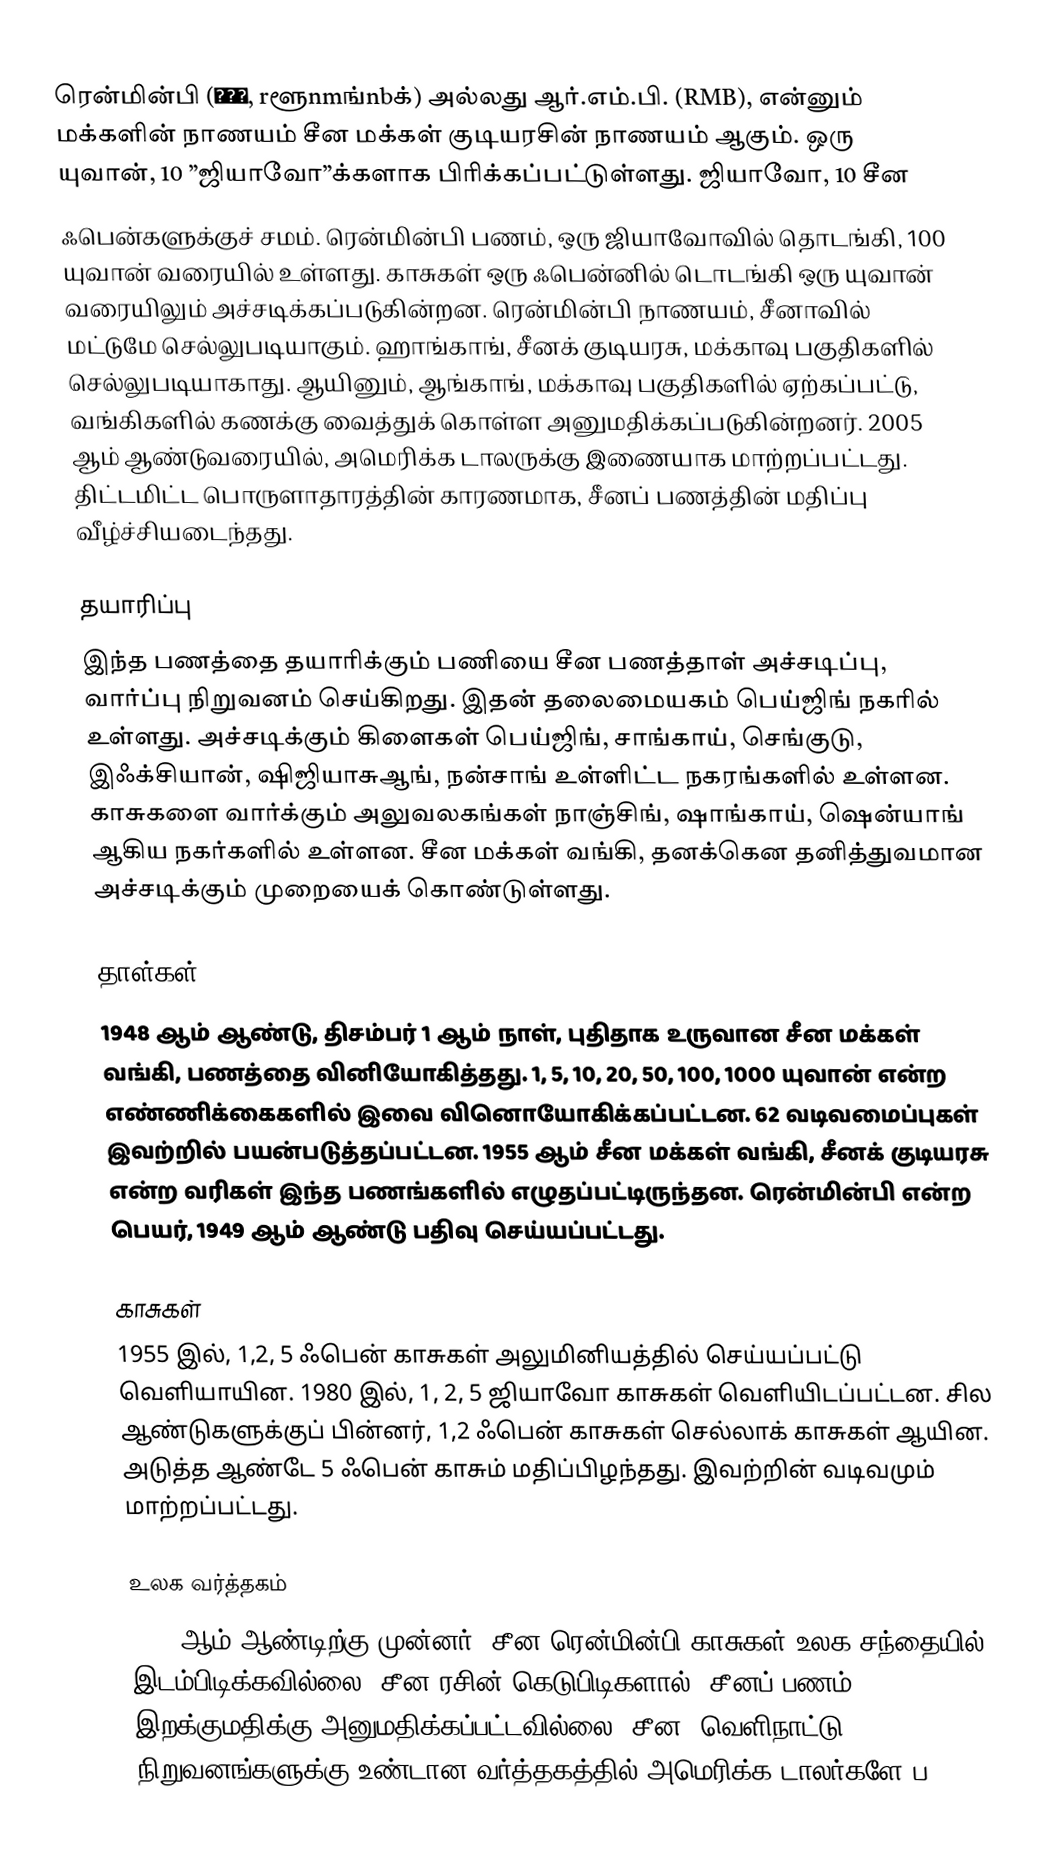
ரென்மின்பி (人民币, rளூnmங்nbக்) அல்லது ஆர்.எம்.பி. (RMB), என்னும் மக்களின் நாணயம் சீன மக்கள் குடியரசின் நாணயம் ஆகும். ஒரு யுவான், 10 ”ஜியாவோ”க்களாக பிரிக்கப்பட்டுள்ளது. ஜியாவோ, 10 சீன
ஃபென்களுக்குச் சமம். ரென்மின்பி பணம், ஒரு ஜியாவோவில் தொடங்கி, 100 யுவான் வரையில் உள்ளது. காசுகள் ஒரு ஃபென்னில் டொடங்கி ஒரு யுவான் வரையிலும் அச்சடிக்கப்படுகின்றன. ரென்மின்பி நாணயம், சீனாவில் மட்டுமே செல்லுபடியாகும். ஹாங்காங், சீனக் குடியரசு, மக்காவு பகுதிகளில் செல்லுபடியாகாது. ஆயினும், ஆங்காங், மக்காவு பகுதிகளில் ஏற்கப்பட்டு, வங்கிகளில் கணக்கு வைத்துக் கொள்ள அனுமதிக்கப்படுகின்றனர். 2005 ஆம் ஆண்டுவரையில், அமெரிக்க டாலருக்கு இணையாக மாற்றப்பட்டது. திட்டமிட்ட பொருளாதாரத்தின் காரணமாக, சீனப் பணத்தின் மதிப்பு வீழ்ச்சியடைந்தது.

தயாரிப்பு
இந்த பணத்தை தயாரிக்கும் பணியை சீன பணத்தாள் அச்சடிப்பு, வார்ப்பு நிறுவனம் செய்கிறது. இதன் தலைமையகம் பெய்ஜிங் நகரில் உள்ளது. அச்சடிக்கும் கிளைகள் பெய்ஜிங், சாங்காய், செங்குடு, இஃக்சியான், ஷிஜியாசுஆங், நன்சாங் உள்ளிட்ட நகரங்களில் உள்ளன. காசுகளை வார்க்கும் அலுவலகங்கள் நாஞ்சிங், ஷாங்காய், ஷென்யாங் ஆகிய நகர்களில் உள்ளன.  சீன மக்கள் வங்கி, தனக்கென தனித்துவமான அச்சடிக்கும் முறையைக் கொண்டுள்ளது.

தாள்கள்
1948 ஆம் ஆண்டு, திசம்பர் 1 ஆம் நாள், புதிதாக உருவான சீன மக்கள் வங்கி, பணத்தை வினியோகித்தது. 1, 5, 10, 20, 50, 100, 1000 யுவான் என்ற எண்ணிக்கைகளில் இவை வினொயோகிக்கப்பட்டன. 62 வடிவமைப்புகள் இவற்றில் பயன்படுத்தப்பட்டன. 1955 ஆம் சீன மக்கள் வங்கி, சீனக் குடியரசு என்ற வரிகள் இந்த பணங்களில் எழுதப்பட்டிருந்தன.  ரென்மின்பி என்ற பெயர், 1949 ஆம் ஆண்டு பதிவு செய்யப்பட்டது.

காசுகள்
1955 இல், 1,2, 5 ஃபென் காசுகள் அலுமினியத்தில் செய்யப்பட்டு வெளியாயின. 1980 இல், 1, 2, 5 ஜியாவோ காசுகள் வெளியிடப்பட்டன. சில ஆண்டுகளுக்குப் பின்னர்,  1,2 ஃபென் காசுகள் செல்லாக் காசுகள் ஆயின. அடுத்த ஆண்டே 5 ஃபென் காசும் மதிப்பிழந்தது. இவற்றின் வடிவமும் மாற்றப்பட்டது.

உலக வர்த்தகம்
2009 ஆம் ஆண்டிற்கு முன்னர், சீன ரென்மின்பி காசுகள் உலக சந்தையில் இடம்பிடிக்கவில்லை. சீன ரசின் கெடுபிடிகளால், சீனப் பணம் இறக்குமதிக்கு அனுமதிக்கப்பட்டவில்லை. சீன, வெளிநாட்டு நிறுவனங்களுக்கு உண்டான வர்த்தகத்தில் அமெரிக்க டாலர்களே ப